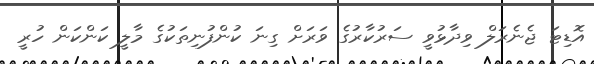
އޮޑިޓަ ޖެނެރަލް ވިދާޅުވީ ސަރުކާރުގެ ވަރަށް ގިނަ ކުންފުނިތަކުގެ މާލީ ކަންކަން ހުރީ